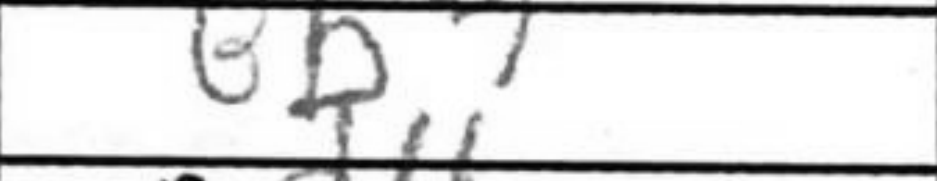
Transcription: Bb7